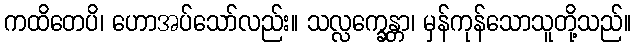
ကထိတေပိ၊ ဟောအပ်သော်လည်း။ သလ္လက္ခေန္တာ၊ မှန်ကုန်သောသူတို့သည်။